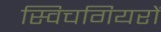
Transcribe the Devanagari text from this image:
स्विचगियरों